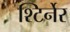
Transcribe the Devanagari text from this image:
श्टिर्नेर